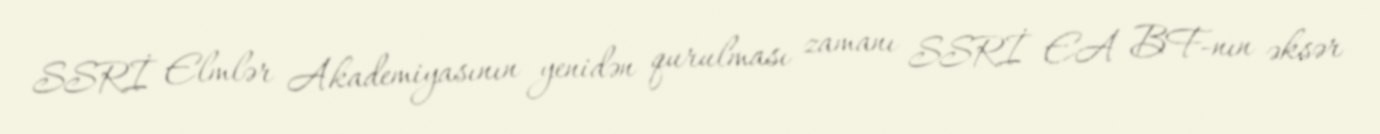
SSRİ Elmlər Akademiyasının yenidən qurulması zamanı SSRİ EA BF-nın əksər